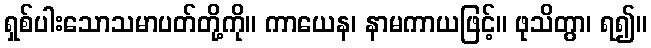
ရှစ်ပါးသောသမာပတ်တို့ကို။ ကာယေန၊ နာမကာယဖြင့်။ ဖုသိတွာ၊ ရ၍။